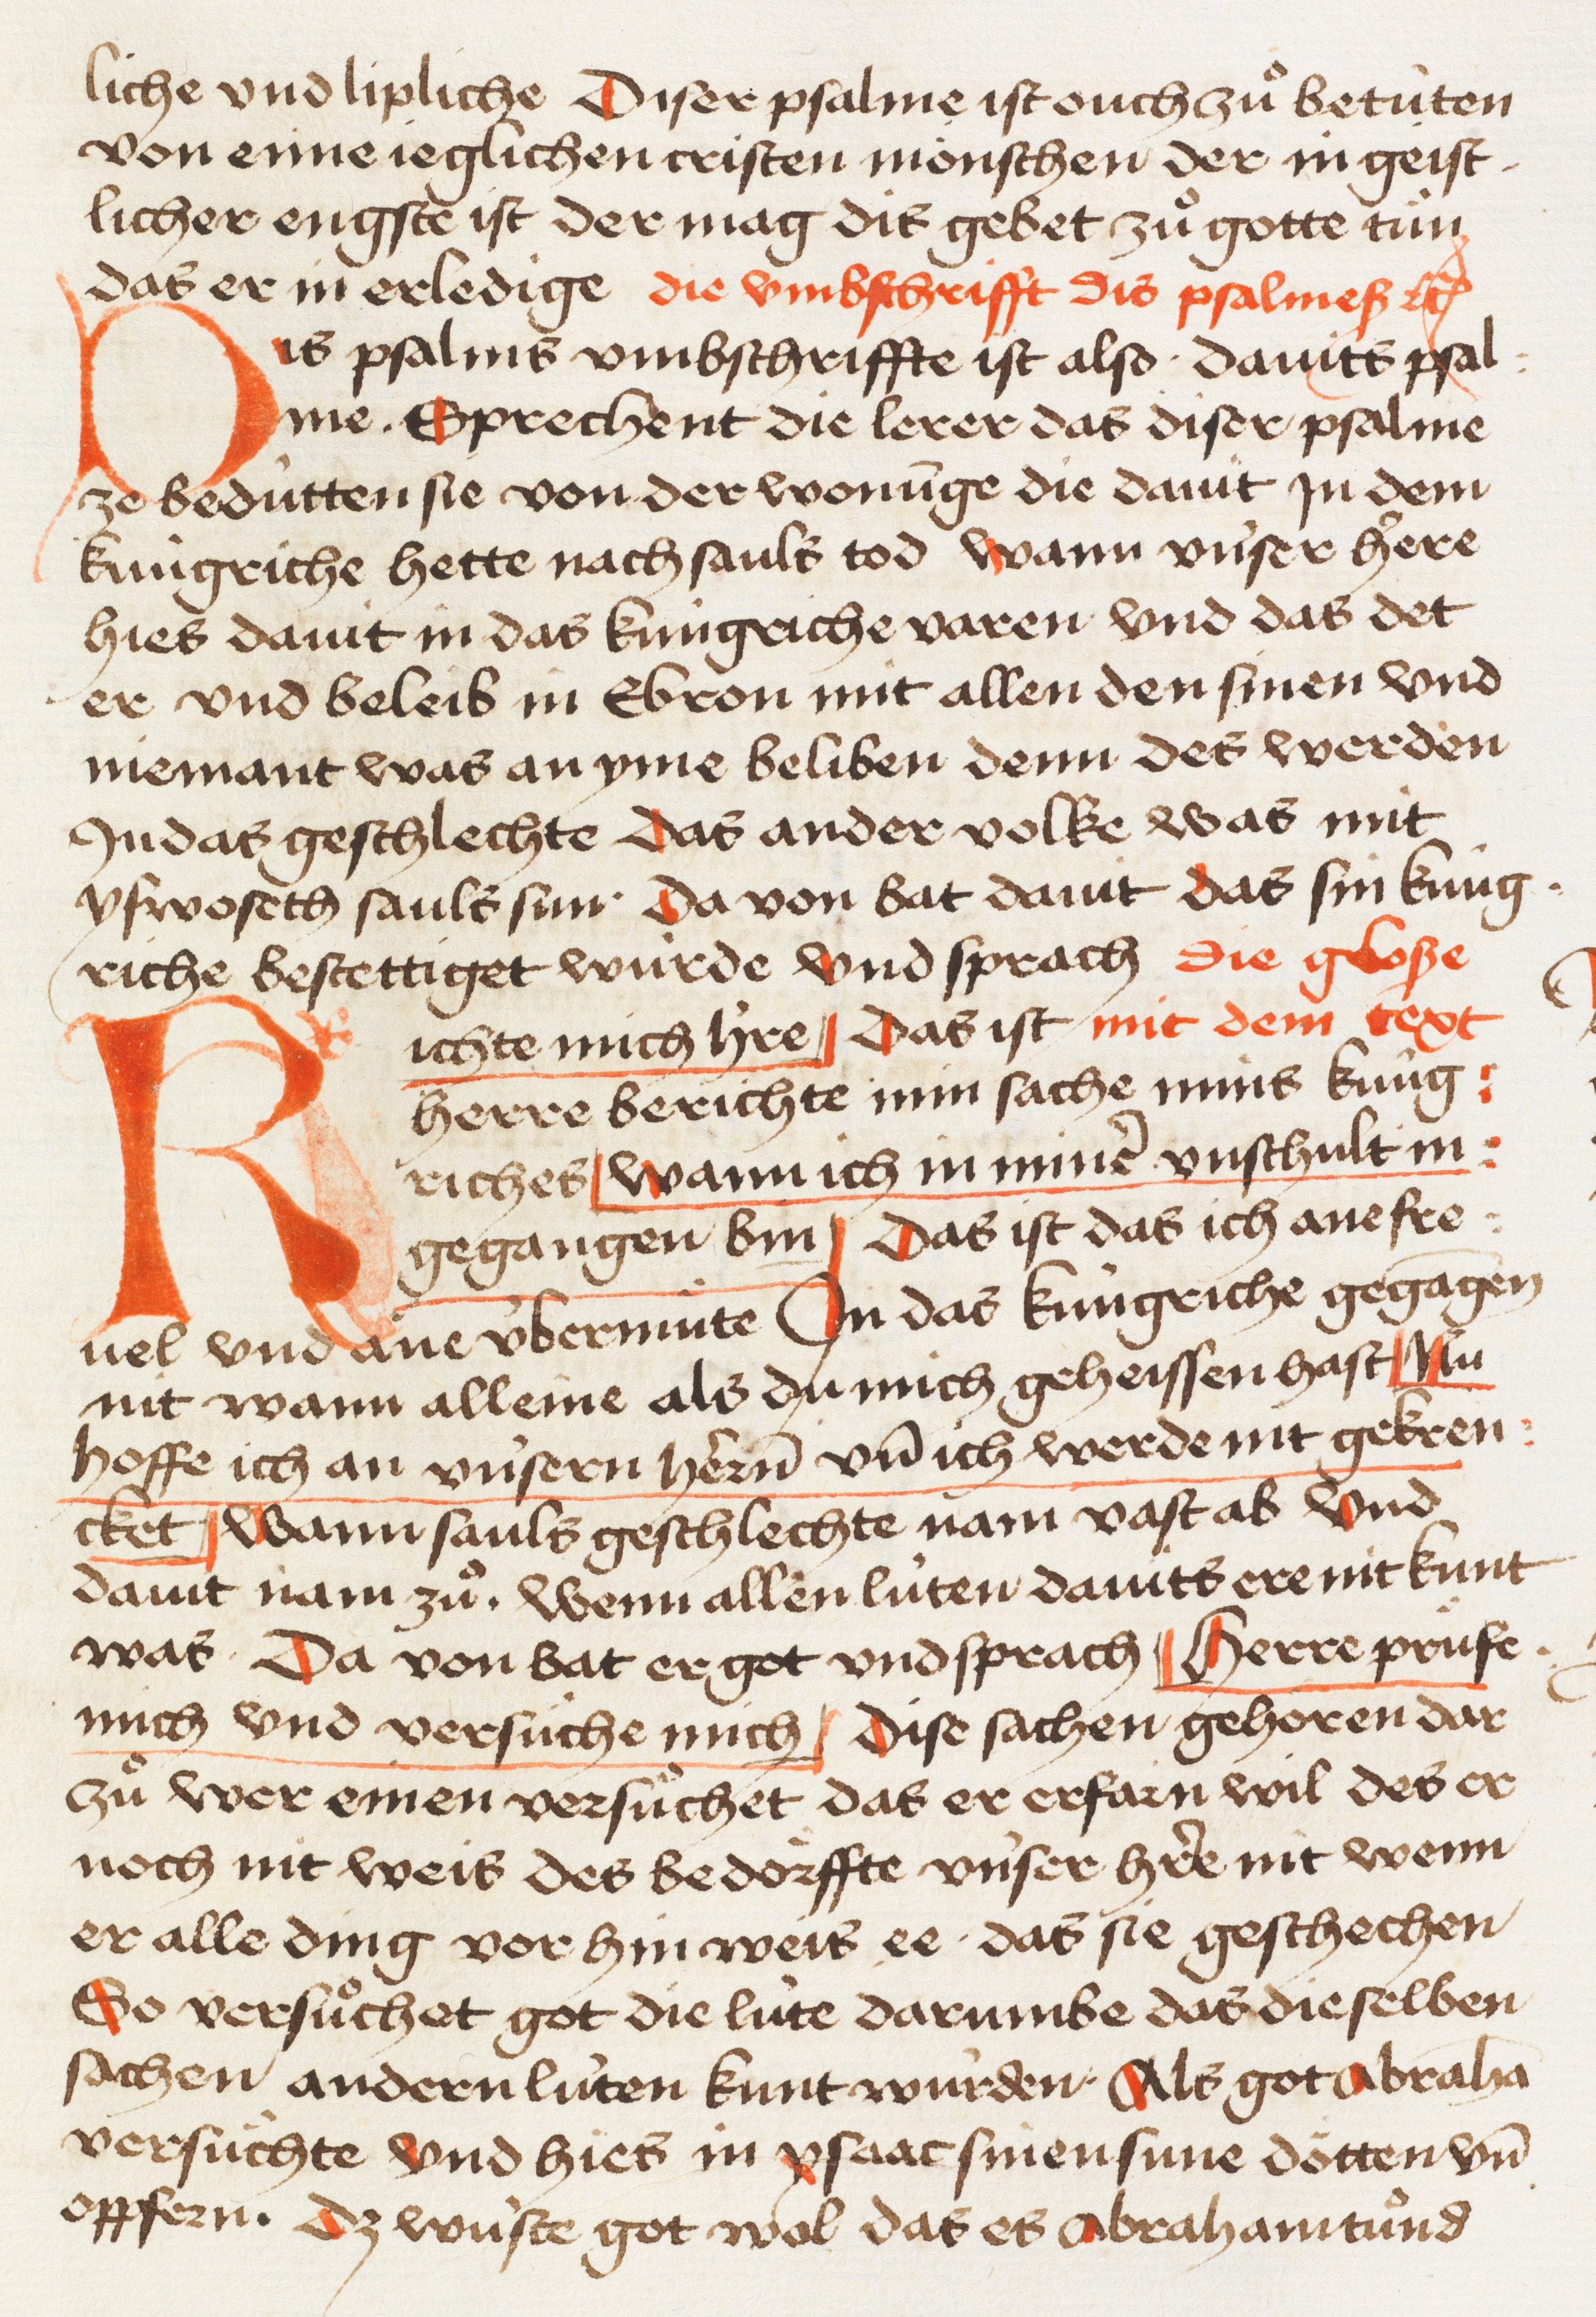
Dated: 1445–1475